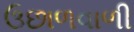
ઉછાળવાળી